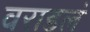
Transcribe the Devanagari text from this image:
वराडलं